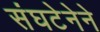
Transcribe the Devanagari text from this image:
संघटेनेने